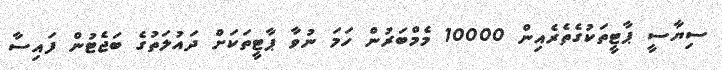
ސިޔާސީ ޕާޓީތަކުގެތެރެއިން 10000 މެމްބަރުން ހަމަ ނުވާ ޕާޓީތަކަށް ދައުލަތުގެ ބަޖެޓުން ފައިސާ